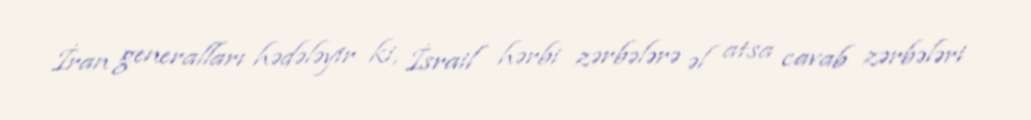
İran generalları hədələyir ki, İsrail hərbi zərbələrə əl atsa cavab zərbələri